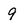
Character: 9